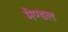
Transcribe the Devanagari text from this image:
मेण्डल